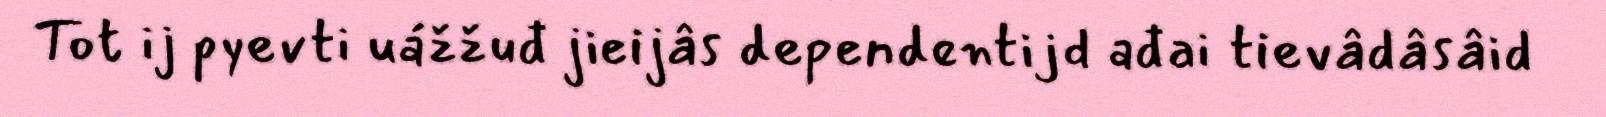
Tot ij pyevti uážžuđ jieijâs dependentijd ađai tievâdâsâid